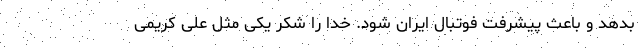
بدهد و باعث پیشرفت فوتبال ایران شود. خدا را شکر یکی مثل علی کریمی